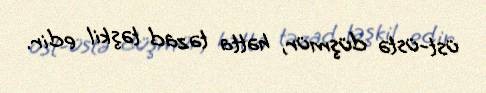
üst-üstə düşmür, hətta təzad təşkil edir.